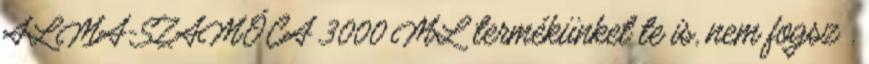
ALMA-SZAMÓCA 3000 ML termékünket te is, nem fogsz .